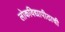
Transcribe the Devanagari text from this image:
लोकविद्यापीठाची